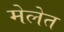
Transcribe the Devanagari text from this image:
मेलेत